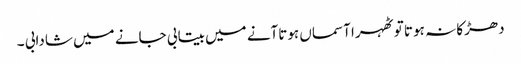
دھڑکا نہ ہوتا تو ٹھہرا آسماں ہوتاآنے میں بیتابی جانے میں شادابی ۔